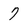
Character: 7